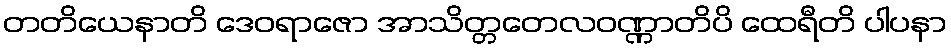
တတိယေနာတိ ဒေဝရာဇော အာသိတ္တတေလဝဏ္ဏာတိပိ ထေရီတိ ပါပနာ